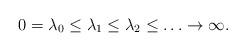
LaTeX: \begin{align*}0=\lambda_0\leq\lambda_1\leq\lambda_2\leq\ldots\to\infty.\end{align*}